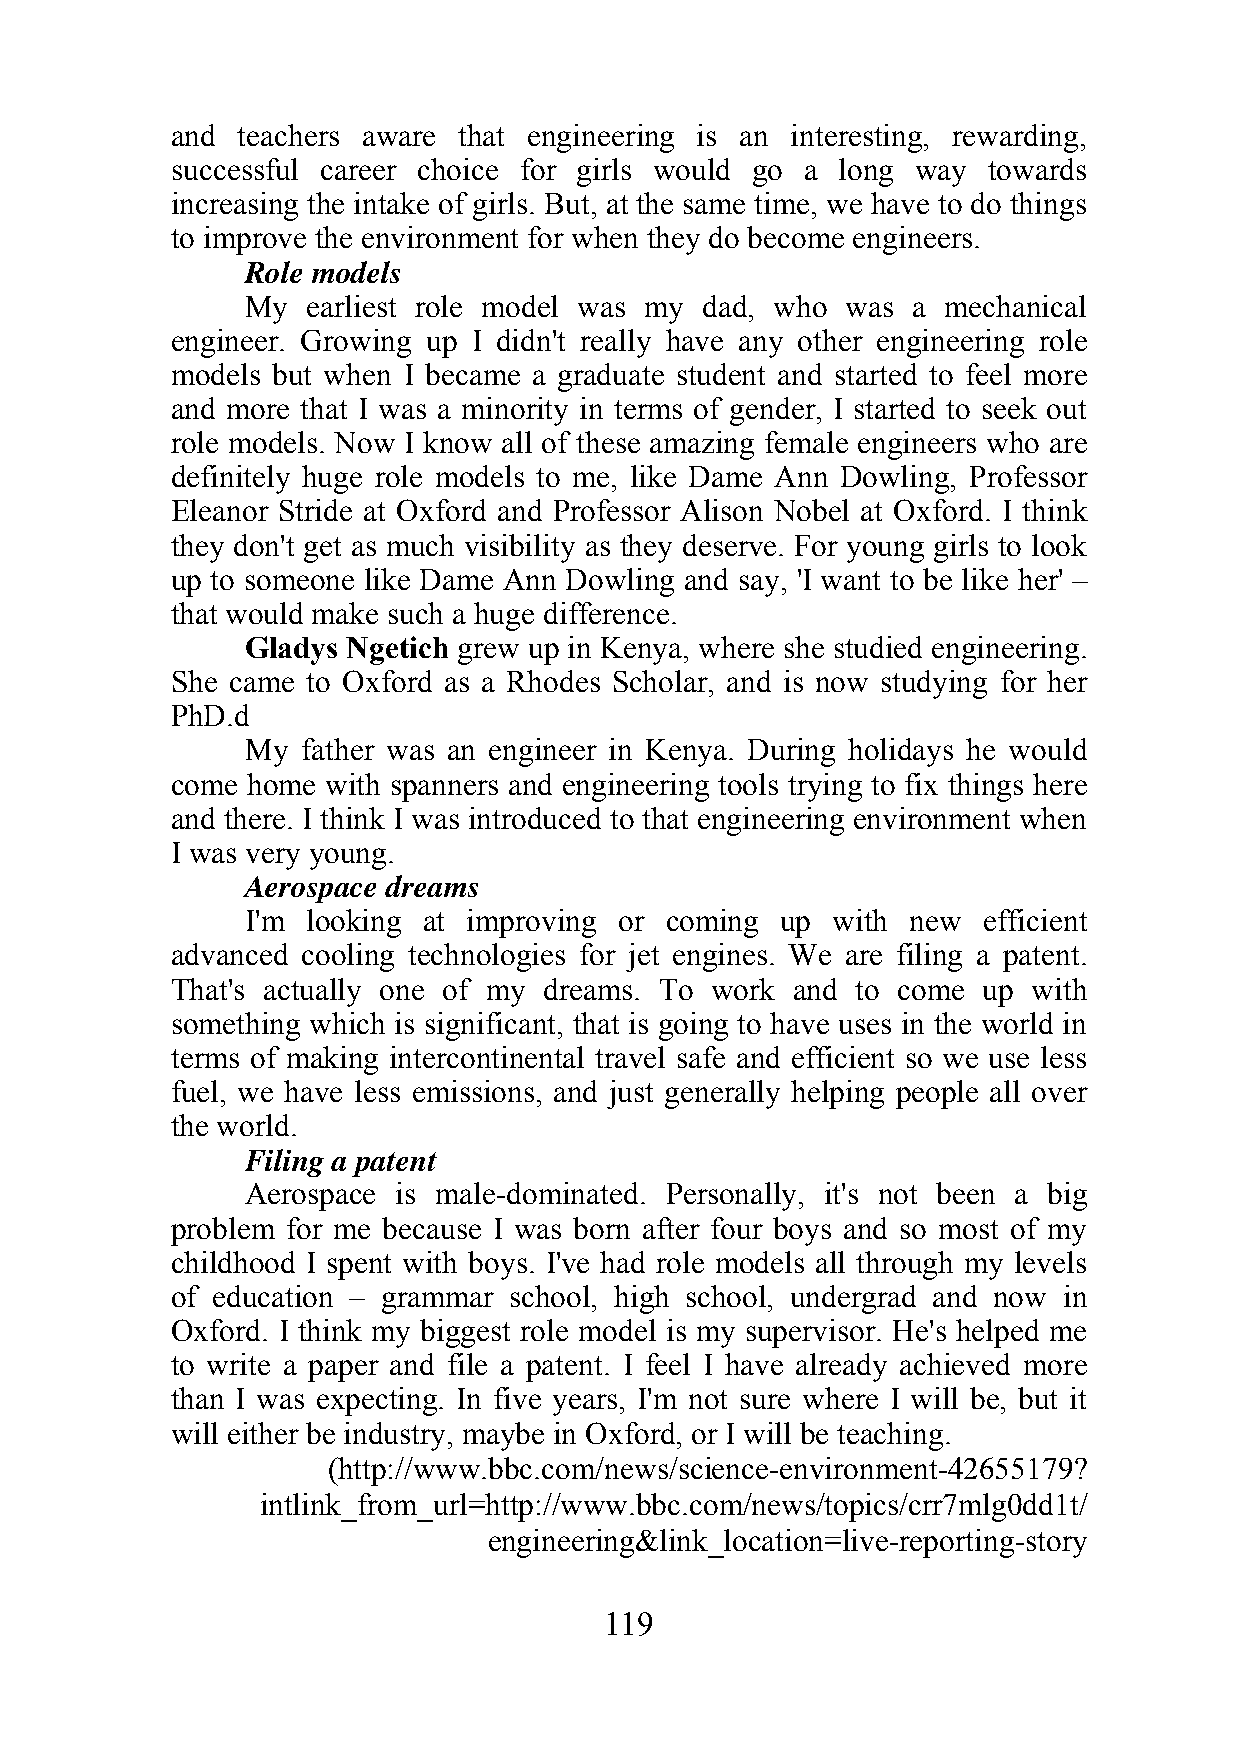
and  teachers aware that engineering is an interesting, rewarding,
 successful career choice for girls would go a long way towards
 increasing the intake of girls. But, at the same time, we have to do things
 to improve the environment for when they do become engineers.
 Role models
 My  earliest role model was my dad, who was a  mechanical
 engineer. Growing up I didn't really have any other engineering role
 models but when I became a graduate student and started to feel more
 and more that I was a minority in terms of gender, I started to seek out
 role models. Now I know all of these amazing female engineers who are
 definitely huge role models to me, like Dame Ann Dowling, Professor
 Eleanor Stride at Oxford and Professor Alison Nobel at Oxford. I think
 they don't get as much visibility as they deserve. For young girls to look
 up to someone like Dame Ann Dowling and say, 'I want to be like her' –
 that would make such a huge difference.
 Gladys Ngetich grew up in Kenya, where she studied engineering.
 She came to Oxford as a Rhodes Scholar, and is now studying for her
 PhD.d
 My  father was an engineer in Kenya. During holidays he would
 come home  with spanners and engineering tools trying to fix things here
 and there. I think I was introduced to that engineering environment when
 I was very young.
 Aerospace dreams
 I'm looking at improving or coming  up with new  efficient
 advanced cooling technologies for jet engines. We are filing a patent.
 That's actually one of my dreams. To work and to come up with
 something which is significant, that is going to have uses in the world in
 terms of making intercontinental travel safe and efficient so we use less
 fuel, we have less emissions, and just generally helping people all over
 the world.
 Filing a patent
 Aerospace is male-dominated. Personally, it's not been a big
 problem for me because I was born after four boys and so most of my
 childhood I spent with boys. I've had role models all through my levels
 of education – grammar school, high school, undergrad and now in
 Oxford. I think my biggest role model is my supervisor. He's helped me
 to write a paper and file a patent. I feel I have already achieved more
 than I was expecting. In five years, I'm not sure where I will be, but it
 will either be industry, maybe in Oxford, or I will be teaching.
 (http://www.bbc.com/news/science-environment-42655179?
 intlink_from_url=http://www.bbc.com/news/topics/crr7mlg0dd1t/
 engineering&link_location=live-reporting-story
 119